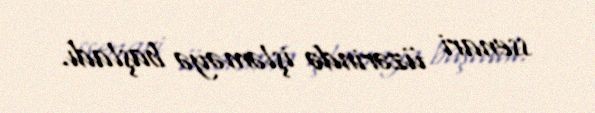
ssenari üzərində işləməyə başladı.